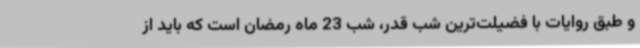
و طبق روایات با فضیلت‌ترین شب قدر، شب 23 ماه رمضان است که باید از